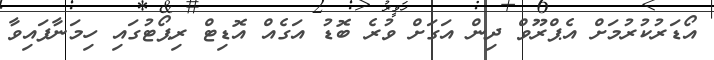
އޯޑަރުކުރުމަށް އެޕްރޫވް ދިން އަގަށް ވުރެ ބޮޑު އަގެއް އޮޑިޓް ރިޕޯޓުގައި ހިމަނާފައިވާ